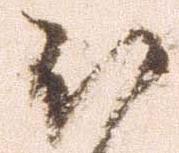
被